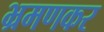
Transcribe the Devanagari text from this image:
भ्रमणकर